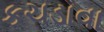
કચડાવા